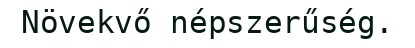
Növekvő népszerűség.